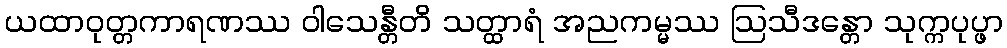
ယထာဝုတ္တကာရဏဿ ဝါသေန္တီတိ သတ္ထာရံ အညကမ္မဿ ဩသီဒန္တော သုက္ကပုပ္ဖာ